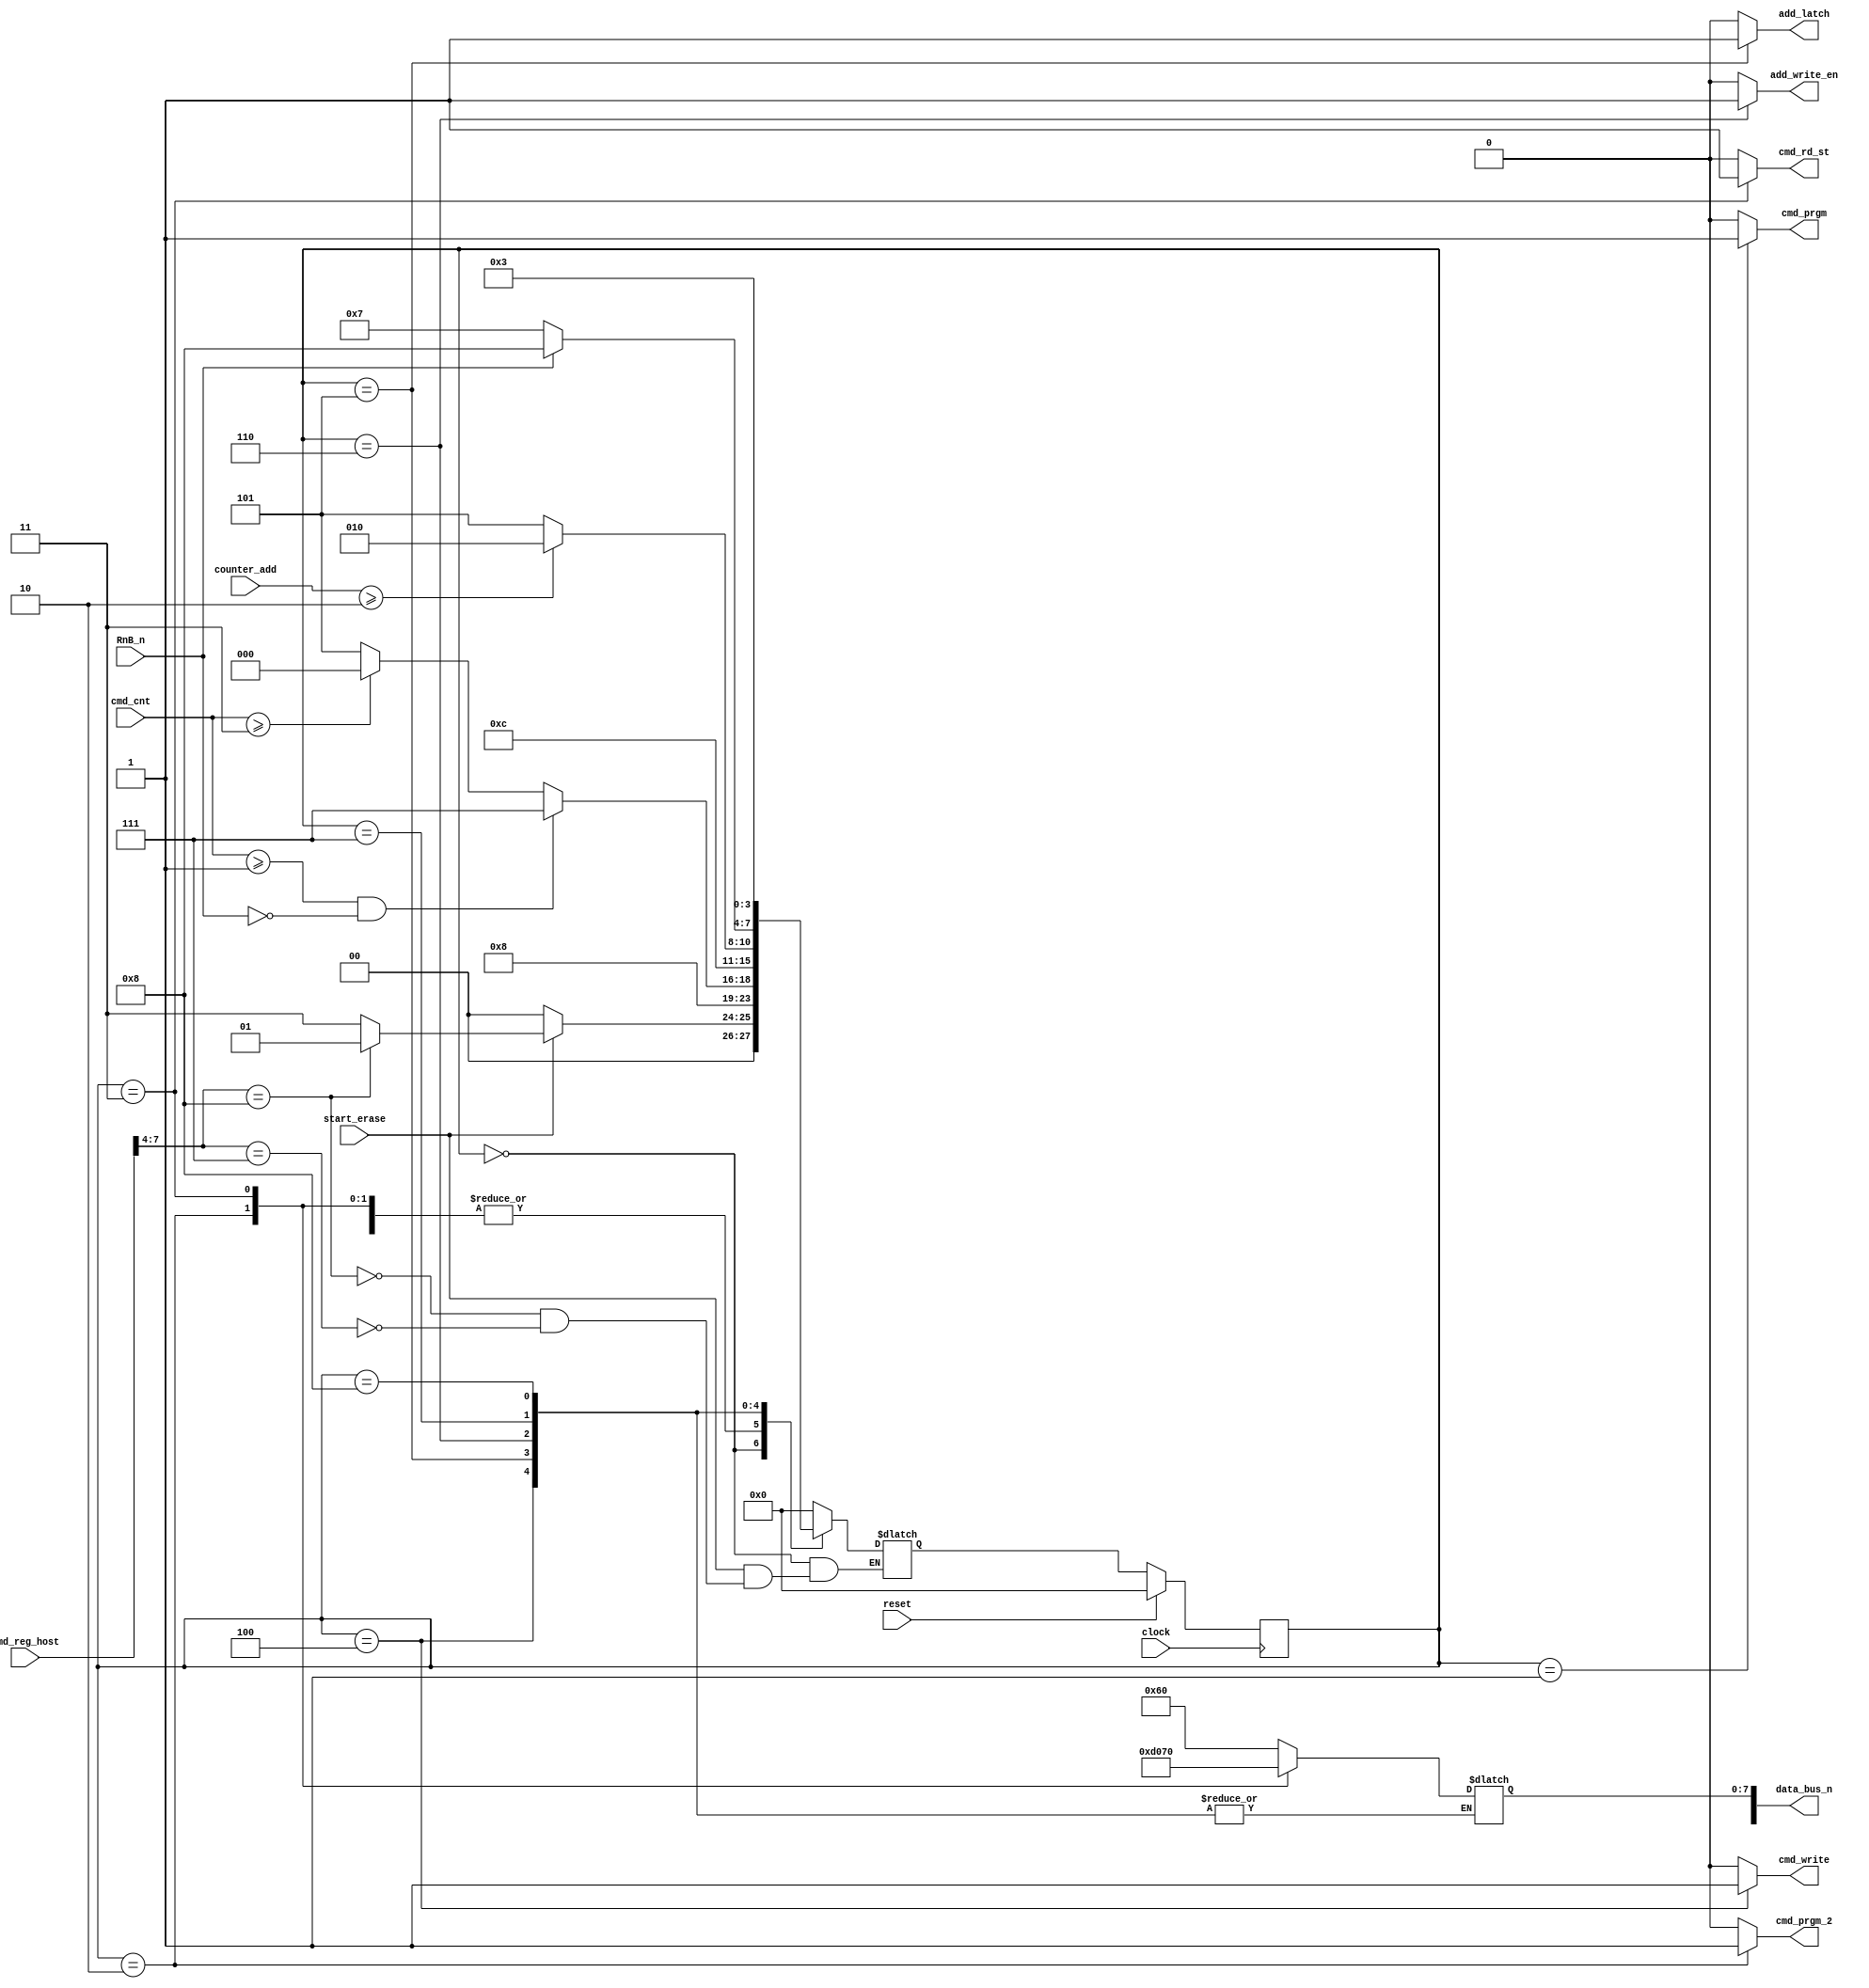
module erase_nand(

	start_erase,

	RnB_n,
	clock,
	reset, 
	data_bus_n,
	cmd_reg_host,
	cmd_cnt,
	counter_add,
	cmd_prgm,
                                        cmd_prgm_2,
                                        cmd_rd_st,
                                        cmd_write,
                                        add_latch,
                                        add_write_en
                                     
	
);


input [7:0]cmd_reg_host; // the command reg that stores the data coming from the host

input RnB_n;
output reg cmd_prgm, cmd_prgm_2, cmd_rd_st,  cmd_write, add_latch, add_write_en;
input clock;
input reset, start_erase;
input [1:0]cmd_cnt;
input [2:0]counter_add;
output reg[15:0] data_bus_n;
parameter IDLE = 4'b0000,
		  CMD_PRGM = 4'b0001,
		  CMD_PRGM_2 = 4'b0010,
		  CMD_RD_ST = 4'b0011,
		  CMD_WRITE = 4'b0100,
		  ADD_CYCLE = 4'b0101,
		  ADD_WRITE = 4'b0110,
		  //PRGM_CYCLE = 4'b0111,
		  //PRGM_WRITE = 4'b1000,
		  waitRB0 = 4'b0111,
		  waitRB1 = 4'b1000;
		 

reg [3:0] cstate, nstate;

always@(posedge clock)
	begin	
		if(reset)	
			cstate <= IDLE;
			
		
		else
			cstate <= nstate;
	end
	
	
	//output and next state logic
always@(*)
	begin
			
			case(cstate)
				IDLE : begin
								cmd_prgm <= 1'b0;
								cmd_prgm_2 <= 1'b0;
								cmd_rd_st <= 1'b0;
								cmd_write <= 1'b0;
								add_latch <= 1'b0;
								add_write_en <= 1'b0;
							//	prgm_data_latch <= 1'b0;
							//	prgm_data_en <= 1'b0;
						//default signal values
														data_bus_n[7:0] <= 8'hzz;								

						if(start_erase)
							begin
								if(cmd_reg_host[7:4] == 4'h8)
									nstate <= CMD_PRGM;
								else if(cmd_reg_host[7:4] == 4'h7)
									nstate <= CMD_RD_ST;
							end
						else 
								nstate <= IDLE;
						
						
					end

				CMD_PRGM : begin
								cmd_prgm <= 1'b1;
								cmd_prgm_2 <= 1'b0;
								cmd_rd_st <= 1'b0;
								cmd_write <= 1'b0;
								add_latch <= 1'b0;
								add_write_en <= 1'b0;
								//prgm_data_latch <= 1'b0;
								//prgm_data_en <= 1'b0;
								nstate <= CMD_WRITE;
								data_bus_n[7:0] <= 8'h60;								
					
							end
							
				CMD_PRGM_2 : begin
								cmd_prgm <= 1'b0;
								cmd_prgm_2 <= 1'b1;
								cmd_rd_st <= 1'b0;
								cmd_write <= 1'b0;
								add_latch <= 1'b0;
								add_write_en <= 1'b0;
								//prgm_data_latch <= 1'b0;
								//prgm_data_en <= 1'b0;
								nstate <= CMD_WRITE;	
								data_bus_n[7:0] <= 8'hd0;								
								
					
							end
				CMD_RD_ST : begin
								cmd_prgm <= 1'b0;
								cmd_prgm_2 <= 1'b0;
								cmd_rd_st <= 1'b1;
								cmd_write <= 1'b0;
								add_latch <= 1'b0;
								add_write_en <= 1'b0;
								//prgm_data_latch <= 1'b0;
								//prgm_data_en <= 1'b0;
								nstate <= CMD_WRITE;	
								data_bus_n[7:0] <= 8'h70;								
								
					
							end
							
				CMD_WRITE : begin
							
								cmd_prgm <= 1'b0;
								cmd_prgm_2 <= 1'b0;
								cmd_rd_st <= 1'b0;
								cmd_write <= 1'b1;
								add_latch <= 1'b0;
								add_write_en <= 1'b0;
								//prgm_data_latch <= 1'b0;
								//prgm_data_en <= 1'b0;
								if(cmd_cnt >= 2'b01 && RnB_n == 1'b0)
								
										nstate <= waitRB0;
								else if (cmd_cnt >= 2'b11)
										nstate <= IDLE;
										
								else 
										nstate <= ADD_CYCLE;
										
							end
							
				ADD_CYCLE : begin
							//make write enable high again
							cmd_prgm <= 1'b0;
								cmd_prgm_2 <= 1'b0;
								cmd_rd_st <= 1'b0;
								cmd_write <= 1'b0;
								add_latch <= 1'b1;
								add_write_en <= 1'b0;
								//prgm_data_latch <= 1'b0;
								//prgm_data_en <= 1'b0;

									nstate <= ADD_WRITE;
							
						
							end 
				ADD_WRITE : begin
							cmd_prgm <= 1'b0;
								cmd_prgm_2 <= 1'b0;
								cmd_rd_st <= 1'b0;
								cmd_write <= 1'b0;
								add_latch <= 1'b0;
								add_write_en <= 1'b1;
								//prgm_data_latch <= 1'b0;
								//prgm_data_en <= 1'b0;
						
							if (counter_add >= 3'b010)
								nstate <= CMD_PRGM_2;
							else 
								nstate <= ADD_CYCLE;
							end
							
			/*	PRGM_CYCLE : begin
							cmd_prgm <= 1'b0;
								cmd_prgm_2 <= 1'b0;
								cmd_rd_st <= 1'b0;
								cmd_write <= 1'b0;
								add_latch <= 1'b0;
								add_write_en <= 1'b0;
								prgm_data_latch <= 1'b1;
								prgm_data_en <= 1'b0;
							//make write enable high again
 
									nstate <= PRGM_WRITE;
							end 
				PRGM_WRITE : begin
								cmd_prgm <= 1'b0;
								cmd_prgm_2 <= 1'b0;
								cmd_rd_st <= 1'b0;
								cmd_write <= 1'b0;
								add_latch <= 1'b0;
								add_write_en <= 1'b0;
								prgm_data_latch <= 1'b0;
								prgm_data_en <= 1'b1;
								
								if(packet_count >= PACKET_LENGTH)
										nstate <= CMD_PRGM_2;
								else 
										nstate <= PRGM_CYCLE;
							end*/
							
				waitRB0 : begin
								cmd_prgm <= 1'b0;
								cmd_prgm_2 <= 1'b0;
								cmd_rd_st <= 1'b0;
								cmd_write <= 1'b0;
								add_latch <= 1'b0;
								add_write_en <= 1'b0;
								//prgm_data_latch <= 1'b0;
								//prgm_data_en <= 1'b0;
								
								if(RnB_n == 1'b1)
									nstate <= waitRB1;
								else 
									nstate <= waitRB0;
						end
						
				waitRB1 : begin
								cmd_prgm <= 1'b0;
								cmd_prgm_2 <= 1'b0;
								cmd_rd_st <= 1'b0;
								cmd_write <= 1'b0;
								add_latch <= 1'b0;
								add_write_en <= 1'b0;
								//prgm_data_latch <= 1'b0;
								//prgm_data_en <= 1'b0;
								nstate <= CMD_RD_ST;
						end 
				default : begin
							
							cmd_prgm <= 1'b0;
								cmd_prgm_2 <= 1'b0;
								cmd_rd_st <= 1'b0;
								cmd_write <= 1'b0;
								add_latch <= 1'b0;
								add_write_en <= 1'b0;
								//prgm_data_latch <= 1'b0;
								//prgm_data_en <= 1'b0;
								nstate <= IDLE;
																data_bus_n[7:0] <= 8'hzz;								

						end
		endcase
	end
				
endmodule